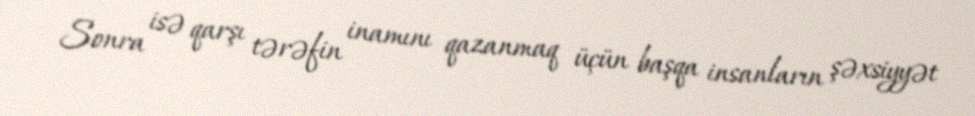
Sonra isə qarşı tərəfin inamını qazanmaq üçün başqa insanların şəxsiyyət